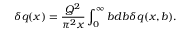
\delta q ( x ) = \frac { Q ^ { 2 } } { \pi ^ { 2 } x } \int _ { 0 } ^ { \infty } b d b \delta q ( x , b ) .